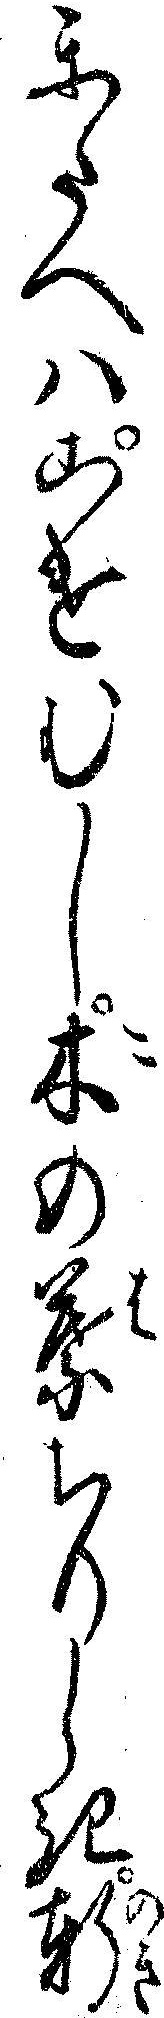
かたへハこけむし木の葉ちりしき軒